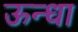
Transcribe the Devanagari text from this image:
ऊन्धा